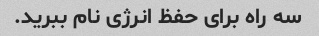
سه راه برای حفظ انرژی نام ببرید.